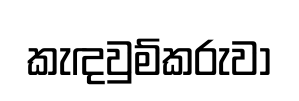
කැඳවුම්කරුවා